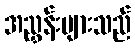
အညွှန်းများသည်